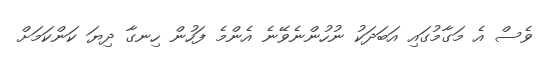
ވެސް އެ މަގާމުގައި އަބަދަކު ނުހުންނެވޭނެ އެންމެ ފަހުން ހިނގާ ދިޔަ ކަންކަމަށް